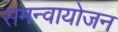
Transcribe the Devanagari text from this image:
समन्वायोजन